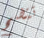
تتضح